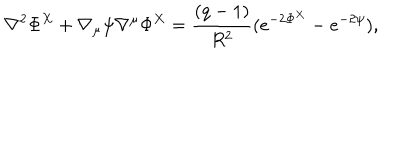
\nabla ^ { 2 } \Phi ^ { X } + \nabla _ { \mu } \psi \nabla ^ { \mu } \Phi ^ { X } = \frac { ( q - 1 ) } { R ^ { 2 } } ( e ^ { - 2 \Phi ^ { X } } - e ^ { - 2 \psi } ) ,